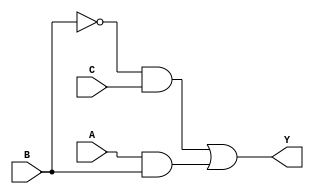
module combinational_logic (
    input wire A,
    input wire B,
    input wire C,
    output wire Y
);

// Combinational logic using the derived expression
assign Y = (~B & C) | (A & B);

endmodule